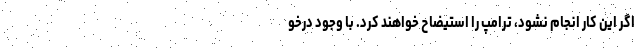
اگر این کار انجام نشود، ترامپ را استیضاح خواهند کرد. با وجود درخو